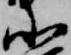
北